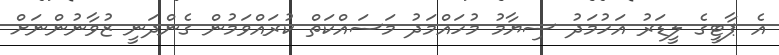
އެ ޕާޓީގެ ލީޑަރު އަހުމަދު ސިޔާމު މުހައްމަދު މަސައްކަތް ކުރައްވަމުން ގެންދަނީ ޒުވާނުންނަށް